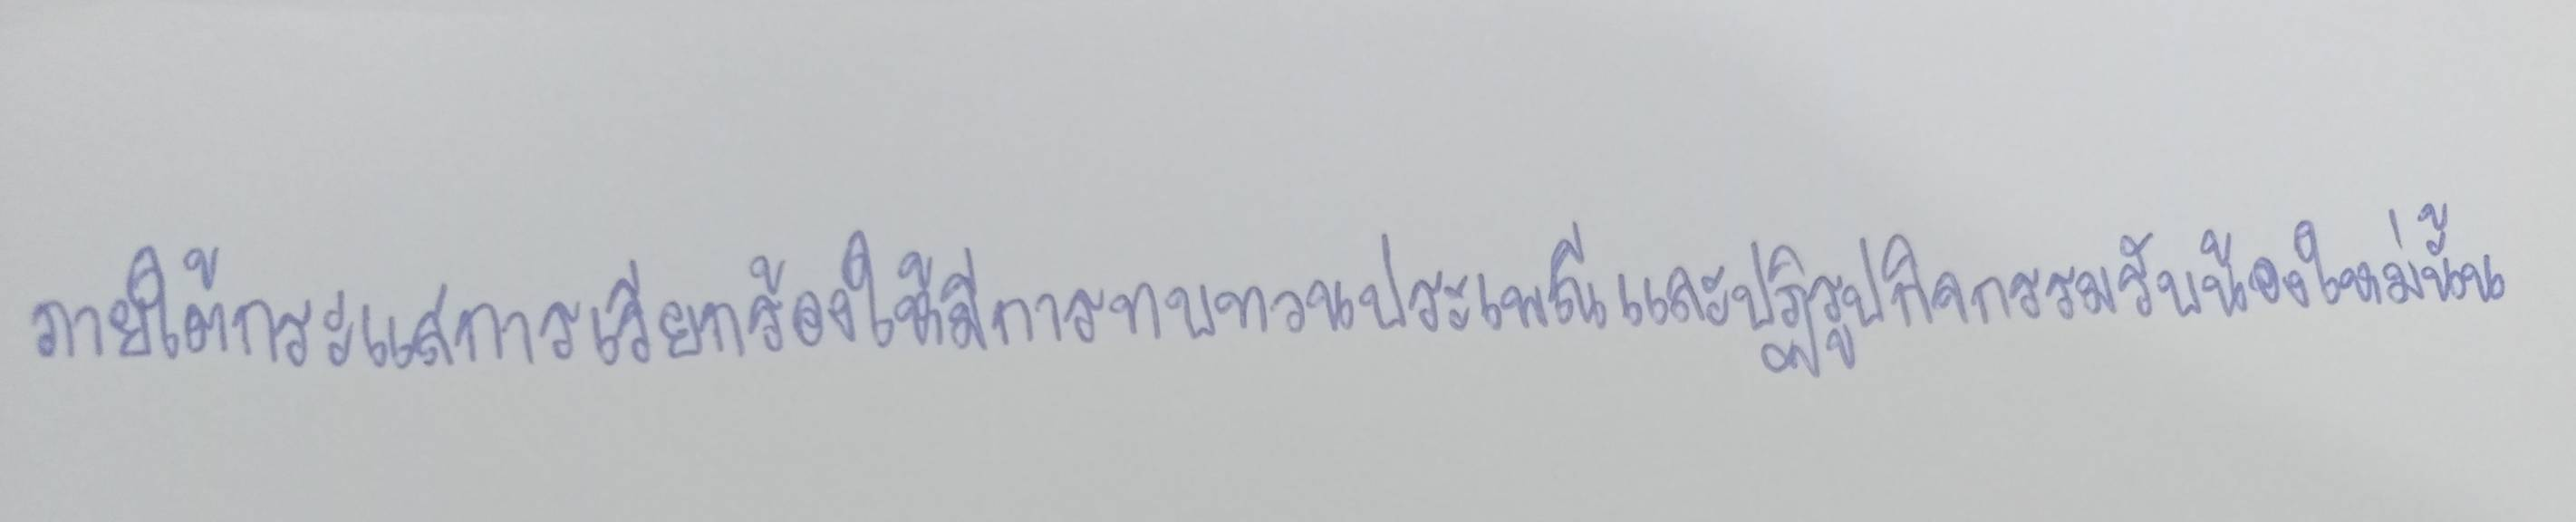
ภายใต้กระแสการเรียกร้องให้มีการทบทวนประเพณีและปฏิรูปกิจกรรมรับน้องใหม่นั้น